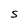
Character: S